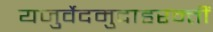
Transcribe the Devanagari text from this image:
यजुर्वेदमुदाहरन्तीं